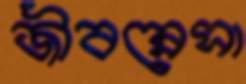
জীবন্নেসা